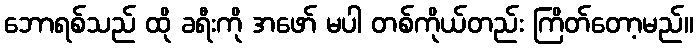
ဘောရစ်သည် ထို ခရီးကို အဖော် မပါ တစ်ကိုယ်တည်း ကြိတ်တော့မည်။